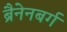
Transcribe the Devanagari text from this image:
ब्रैनेनबर्ग